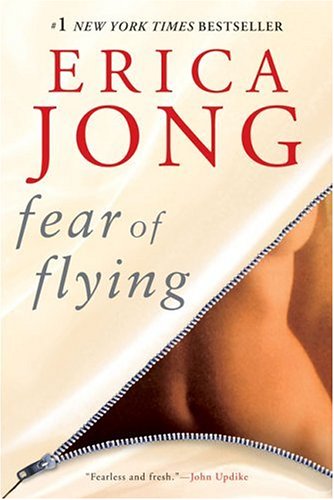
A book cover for Fear of Flying; Erica Jong; Romance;